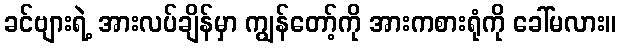
ခင်ဗျားရဲ့ အားလပ်ချိန်မှာ ကျွန်တော့်ကို အားကစားရုံကို ခေါ်မလား။